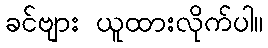
ခင်ဗျား ယူထားလိုက်ပါ။